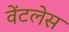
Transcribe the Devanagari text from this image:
वेंटलेस